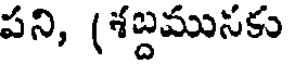
పని, (శబ్దమునకు